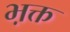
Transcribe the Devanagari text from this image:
भ़क्त